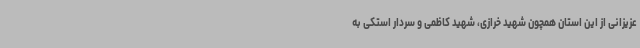
عزیزانی از این استان همچون شهید خرازی، شهید کاظمی و سردار استکی به